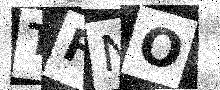
Text: TFNO